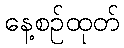
နေ့စဉ်ထုတ်